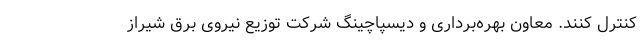
کنترل کنند. معاون بهره‌برداری و دیسپاچینگ شرکت توزیع نیروی برق شیراز